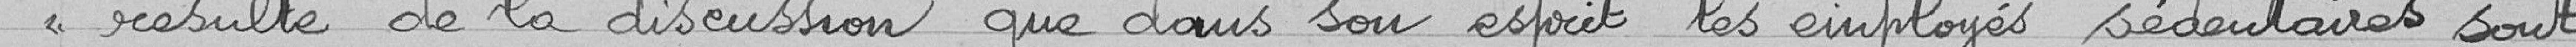
<< résulté de la discussion que son esprit les employés sédentaires sont